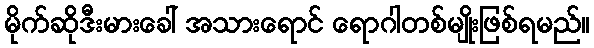
မိုက်ဆိုဒီးမားခေါ် အသားရောင် ရောဂါတစ်မျိုးဖြစ်ရမည်။